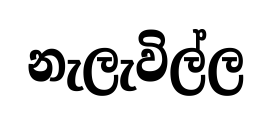
නැලැවිල්ල